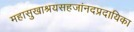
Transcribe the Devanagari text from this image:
महासुखाश्रयसहजांनदप्रदायिका